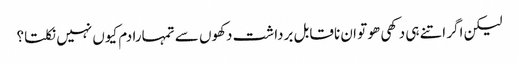
لیکن اگر اتنے ہی دکھی ھو تو ان ناقابل برداشت دکھوں سے تمہارا دم کیوں نہیں نکلتا؟